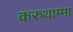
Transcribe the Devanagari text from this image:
करुथाम्मा